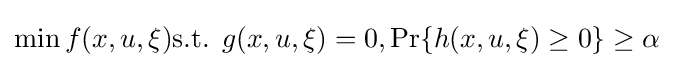
\min f(x,u,\xi ){\text{s.t. }}g(x,u,\xi )=0,\Pr\{h(x,u,\xi )\geq 0\}\geq \alpha